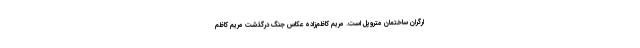
ارگران ساختمان متروپل است. مریم کاظم‌زاده عکاس جنگ درگذشت مریم کاظم